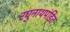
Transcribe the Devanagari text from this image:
रघुनाथपंडित